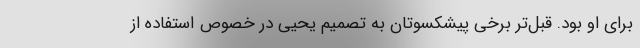
برای او بود. قبل‌تر برخی پیشکسوتان به تصمیم یحیی در خصوص استفاده از